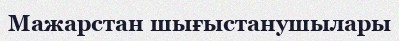
Мажарстан шығыстанушылары